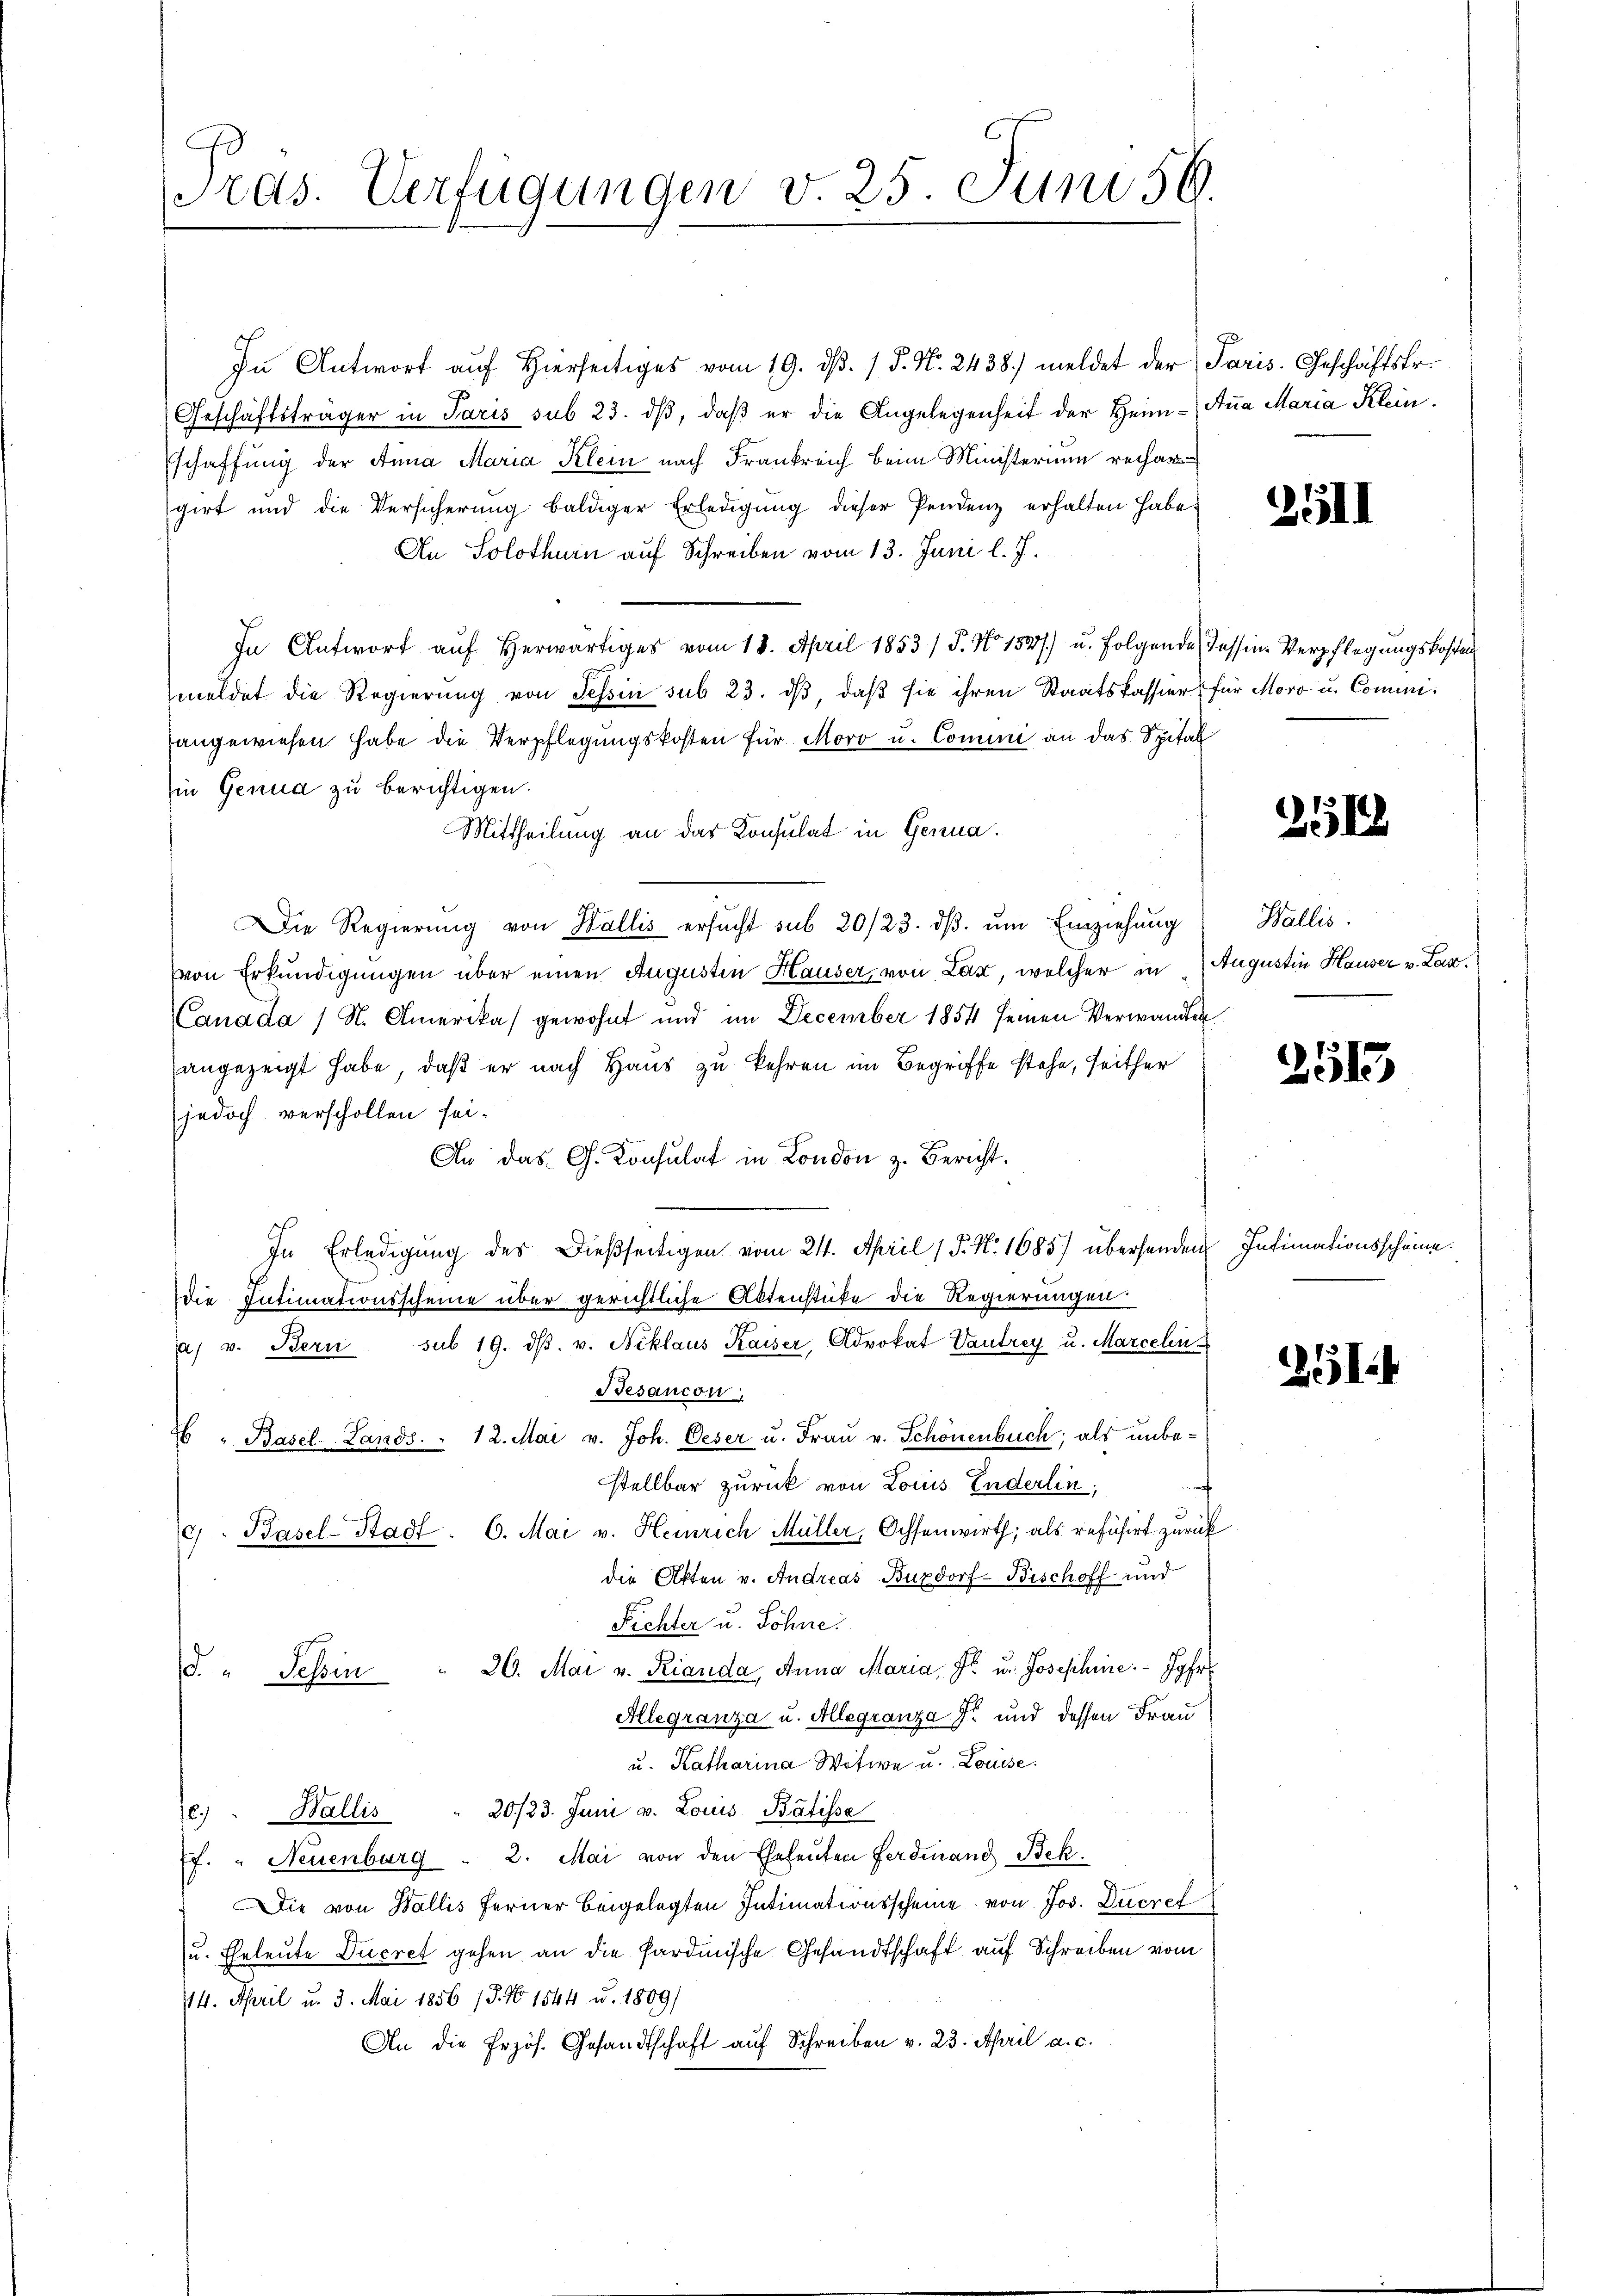
Gras. Verfügungen v. 25. Juni 56.

In Antwort aŭf Hierseitiges vom 19. dβ. / 5. N. 2438) meldet der Paris. Geschäftstr.
Geschäftsträger in Paris sub 23. dβ, daβ er die Angelegenheit der Heim- Aṅa Maria Klein.
schaffung der Anna Maria Klein nach Frankreich beim Ministerium rechar
girt und die Versicherŭng baldiger Erledigŭng dieser Pendenz erhalten habe.
An Solothurn auf Schreiben vom 13. Juni l. J.
In Antwort aŭf herwärtiges vom 18. April 1853 / 5. No 1527) u. folgende Tessin Verpflegungskosten
meldet die Regierŭng von Tessin sub 23. dβ, daβ sie ihren Staatskassier für Moro u. Commisangewiesen habe die Verpflegungskosten für Moro u. Comini an das Spital
in Genua zu berichtigen.
Mittheilung an das Konsulat in Genua.
Die Regierŭng von Wallis ersŭcht sub 20/23. dβ. ŭm Einziehung
von Erkundigungen über einen Augustin Hauser, von Lax, welcher in Augustin Hauser v. Lax.
Canada / N. Amerika gewohnt und im December 1854 seinen Verwandten
angezeigt habe, daß er nach Haus zu kehren im Begriffe stehe, seither
jedoch verschollen sei.
An das G. Konsulat in London z. Bericht.
In Erledigung des Dießseitigen vom 24. April 1 S. N. 1685) übersenden Intimationsscheine
die Intimationsscheine über gerichtliche Aktenstufe die Regierungen
a v. Bern sub 19. dβ. v. Niklaus Kaiser, Advokat Vautrey u. Marcelen
Besancon
2 " Basel-Lands. . 12. Mai v. Joh. Oeser u. Frau v. Schönenbuch; als unbestellbar zurück von Louis Enderlin,
c). Basel-Stadt. C. Mai v. Heinrich Müller, Ochsenwirth, als refusirt zurück
die Akten v. Andreas Burdorf-Bischoff und
Fichter u. Söhne.
d. " Tessin " 26. Mai v. Rianda, Anna Maria, Fr. u. Josephine. - Jgfr.
Allegranza u. Allegranza der und dessen Frau
u. Katharina Witwe u. Louise.
e. Wallis " 20/23. Juni v. Louis Batisse
Ef. " Neuenburg  2. Mai von den Eheleuten Ferdinand Bek.
Die von Wallis ferner beigelegten Intimationsscheine von Jos. Ducref
u. Eheleute Decret gehen an die fardische Gesandtschaft auf Schreiben vom
14. April u. 3. Mai 1856 13. No 1544 u. 1809/
An die frzös. Gesandtschaft aŭf Schreiben v. 23. April a. c.

2511

251

Wallis

2513

1